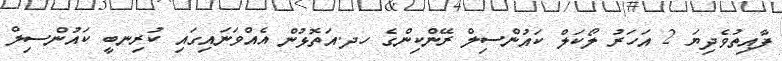
ފާއިތުވެދިޔަ 2 އަހަރު ލޯކަލް ކައުންސިލް ރޭންކިންގެ ހދ.އަތޮޅުން އެއްވަނައިގައި ކުރިނބީ ކައުންސިލް